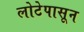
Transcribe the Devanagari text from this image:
लोटेपासून